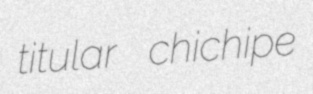
titular chichipe